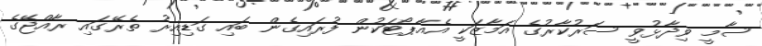
ސާމީ ވިދާޅުވީ ސަރުކާރުގެ އަމާޒަކީ އެއާޕޯޓަކުން ފުރައިގެން ބައި ގަޑިއިރު ތެރޭގައި ރާއްޖޭގެ